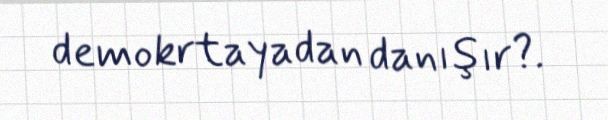
demokrtayadan danışır?.